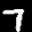
Label: 7